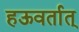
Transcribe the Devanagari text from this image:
हऊवर्तात्